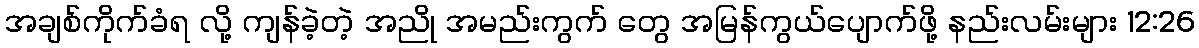
အချစ်ကိုက်ခံရ လို့ ကျန်ခဲ့တဲ့ အညို အမည်းကွက် တွေ အမြန်ကွယ်ပျောက်ဖို့ နည်းလမ်းများ 12:26